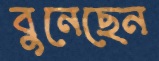
বুনেছেন